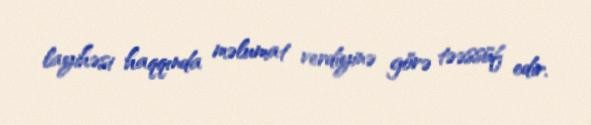
layihəsi haqqında məlumat verdiyinə görə təəssüf edir.